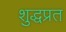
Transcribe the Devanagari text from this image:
शुद्धप्रत